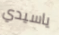
ياسيدي